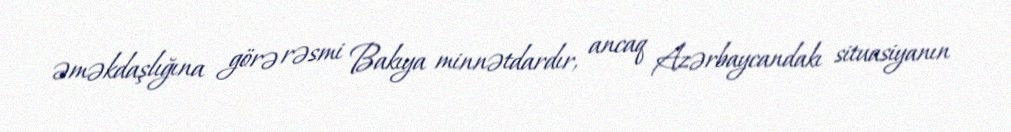
əməkdaşlığına görə rəsmi Bakıya minnətdardır, ancaq Azərbaycandakı situasiyanın